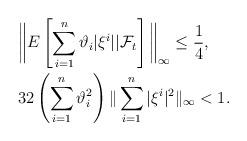
LaTeX: \begin{align*} &\bigg\|E\left[\sum_{i=1}^{n}\vartheta_i|\xi^i||\mathcal{F}_t\right]\bigg\|_{\infty}\leq\frac{1}{4},\\ &32\left(\sum_{i=1}^{n}\vartheta_i^2\right)\|\sum_{i=1}^n|\xi^i|^2\|_{\infty}<1. \end{align*}